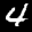
Label: 4